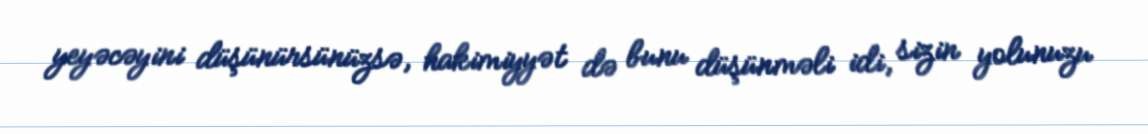
yeyəcəyini düşünürsünüzsə, hakimiyyət də bunu düşünməli idi, sizin yolunuzu